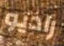
راديو